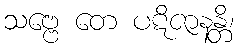
သဗ္ဗေ တေ ပဋိဇာနန္တိ၊